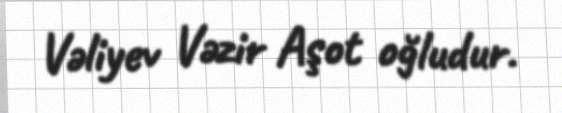
Vəliyev Vəzir Aşot oğludur.